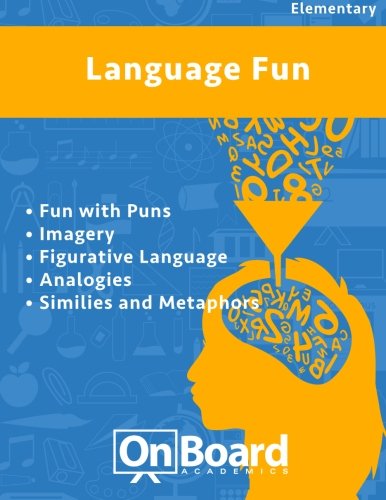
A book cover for Language Fun: Fun with Puns, Imagery, Figurative Language, Analogies, Similes and Metaphors; Todd Deluca; Humor & Entertainment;